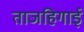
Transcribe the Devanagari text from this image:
ताजहिगाई